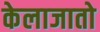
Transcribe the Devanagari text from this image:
केलाजातो